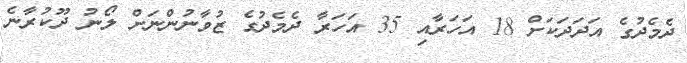
ދެމެދުގެ އަދަދަކަށް 18 އަހަރާއި 35 އަހަރާ ދެމެދުގެ ޒުވާނުންނަށް ލޯނު ދޫކުރާނެ